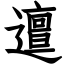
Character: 邅